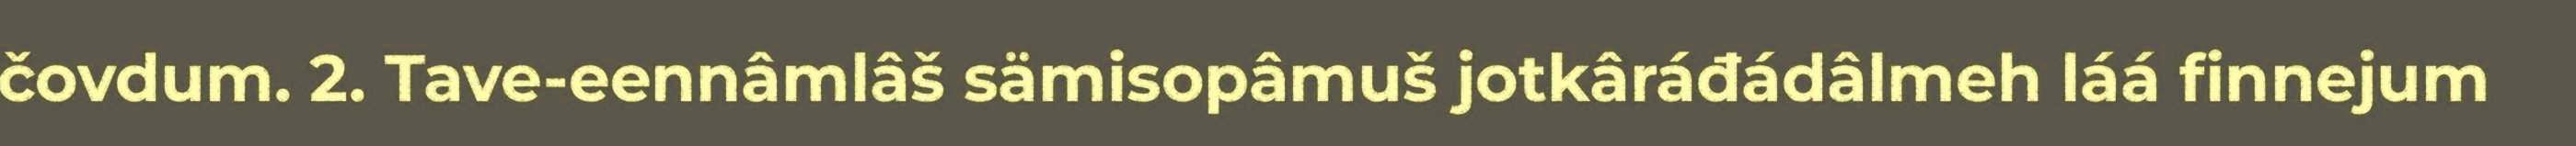
čovdum. 2. Tave-eennâmlâš sämisopâmuš jotkâráđádâlmeh láá finnejum